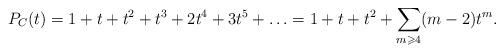
LaTeX: \begin{align*} P_C(t) = 1+t+t^2+t^3+2t^4+3t^5+\ldots = 1+t+t^2+\sum_{m\geqslant4} (m-2)t^m. \end{align*}